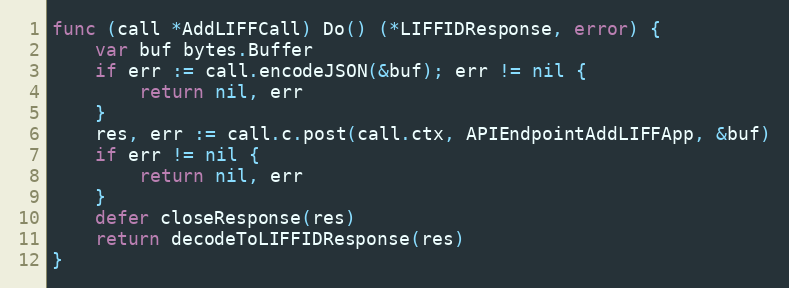
Language: Go
func (call *AddLIFFCall) Do() (*LIFFIDResponse, error) {
	var buf bytes.Buffer
	if err := call.encodeJSON(&buf); err != nil {
		return nil, err
	}
	res, err := call.c.post(call.ctx, APIEndpointAddLIFFApp, &buf)
	if err != nil {
		return nil, err
	}
	defer closeResponse(res)
	return decodeToLIFFIDResponse(res)
}